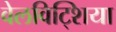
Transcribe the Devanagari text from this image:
वेलविट्शिया